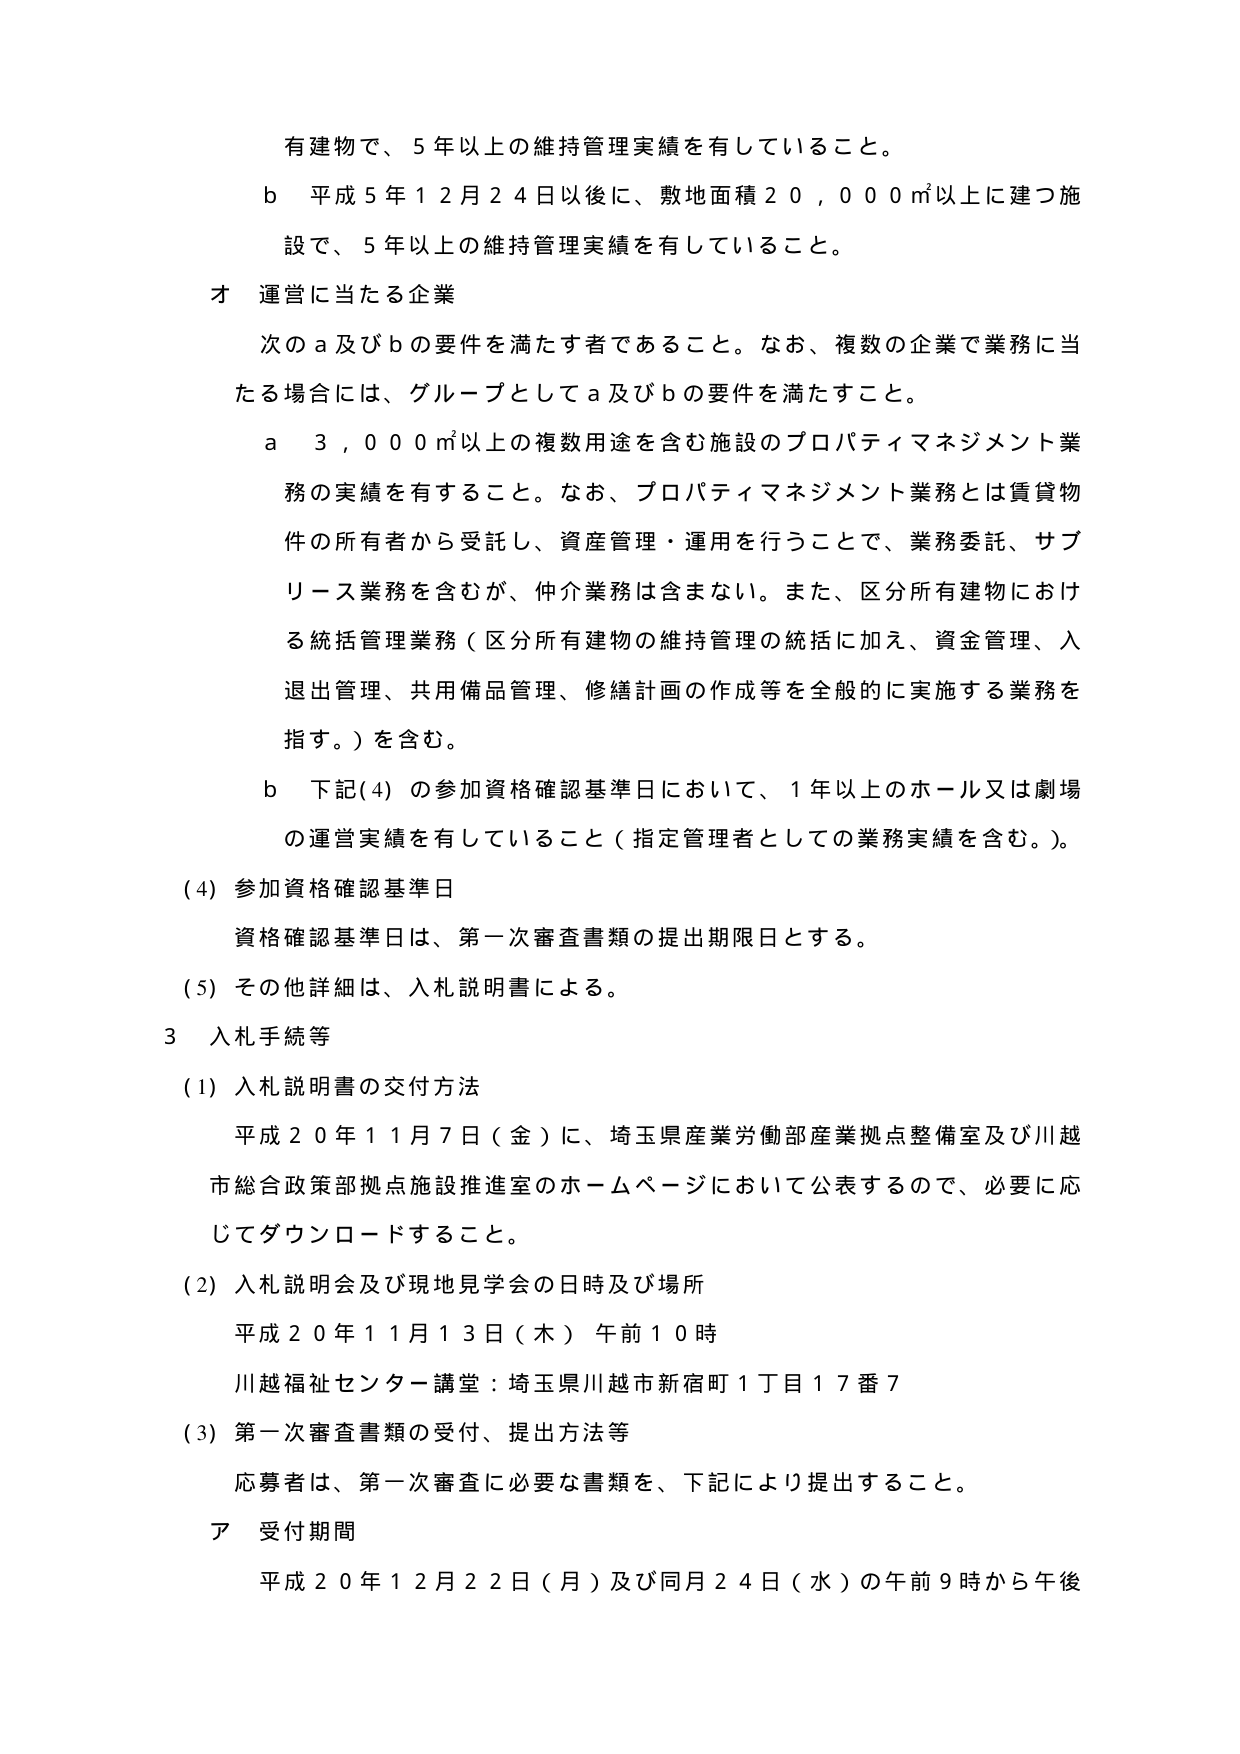
有建物で、５年以上の維持管理実績を有していること。

ｂ　平成５年１２月２４日以後に、敷地面積２０，０００㎡以上に建つ施設で、５年以上の維持管理実績を有していること。

才　運営に当たる企業

　次のａ及びｂの要件を満たす者であること。なお、複数の企業で業務に当たる場合には、グループとしてａ及びｂの要件を満たすこと。

　ａ　３，０００㎡以上の複数用途を含む施設のプロパティマネジメント業務の実績を有すること。なお、プロパティマネジメント業務とは賃貸物件の所有者から受託し、資産管理・運用を行うことで、業務委託、サブリース業務を含むが、仲介業務は含まない。また、区分所有建物における統括管理業務（区分所有建物の維持管理の統括に加え、資金管理、入退出管理、共用備品管理、修繕計画の作成等を全般的に実施する業務を指す。）を含む。

　ｂ　下記(4)の参加資格確認基準日において、１年以上のホール又は劇場の運営実績を有していること（指定管理者としての業務実績を含む。）。

(4) 参加資格確認基準日

　資格確認基準日は、第一次審査書類の提出期限日とする。

(5) その他詳細は、入札説明書による。

３　入札手続等

(1) 入札説明書の交付方法

　平成２０年１１月７日（金）に、埼玉県産業労働部産業拠点整備室及び川越市総合政策部拠点施設推進室のホームページにおいて公表するので、必要に応じてダウンロードすること。

(2) 入札説明会及び現地見学会の日時及び場所

　平成２０年１１月１３日（木）午前１０時

　川越福祉センター講堂：埼玉県川越市新宿町１丁目１７番７

(3) 第一次審査書類の受付、提出方法等

　応募者は、第一次審査に必要な書類を、下記により提出すること。

　ア　受付期間

　　平成２０年１２月２２日（月）及び同月２４日（水）の午前９時から午後